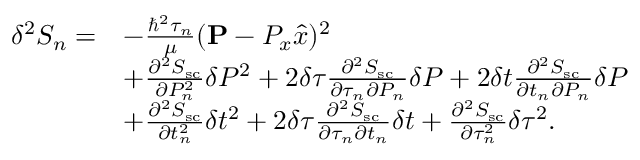
\begin{array} { r l } { \delta ^ { 2 } S _ { n } = } & { - \frac { \hbar ^ { 2 } \tau _ { n } } { \mu } ( { \bf P } - P _ { x } \hat { x } ) ^ { 2 } } \\ & { + \frac { \partial ^ { 2 } S _ { \mathrm { s c } } } { \partial P _ { n } ^ { 2 } } \delta P ^ { 2 } + 2 \delta \tau \frac { \partial ^ { 2 } S _ { \mathrm { s c } } } { \partial \tau _ { n } \partial P _ { n } } \delta P + 2 \delta t \frac { \partial ^ { 2 } S _ { \mathrm { s c } } } { \partial t _ { n } \partial P _ { n } } \delta P } \\ & { + \frac { \partial ^ { 2 } S _ { \mathrm { s c } } } { \partial t _ { n } ^ { 2 } } \delta t ^ { 2 } + 2 \delta \tau \frac { \partial ^ { 2 } S _ { \mathrm { s c } } } { \partial \tau _ { n } \partial t _ { n } } \delta t + \frac { \partial ^ { 2 } S _ { \mathrm { s c } } } { \partial \tau _ { n } ^ { 2 } } \delta \tau ^ { 2 } . } \end{array}